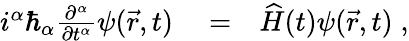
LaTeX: \begin{array}{rlr}{i^{\alpha}\hbar_{\alpha}\frac{\partial^{\alpha}}{\partial t^{\alpha}}\psi(\vec{r},t)}&{{}=}&{\widehat{H}(t)\psi(\vec{r},t)\; ,}\end{array}